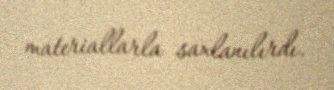
materiallarla saxlanılırdı.